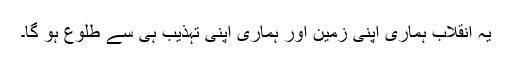
یہ انقلاب ہماری اپنی زمین اور ہماری اپنی تہذیب ہی سے طلوع ہو گا۔